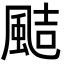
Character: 𩗊